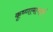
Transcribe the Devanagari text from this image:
कृष्णामाचार्य